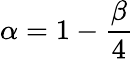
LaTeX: \alpha=1-\frac{\beta}{4}